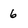
Character: 6